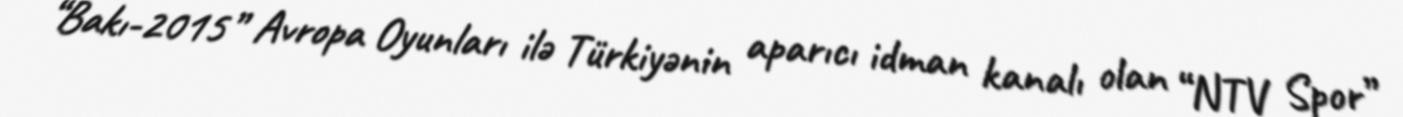
“Bakı-2015” Avropa Oyunları ilə Türkiyənin aparıcı idman kanalı olan “NTV Spor”